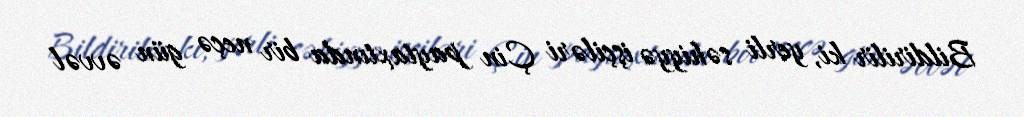
Bildirilir ki, yerli səhiyyə işçiləri Çin paytaxtında bir neçə gün əvvəl